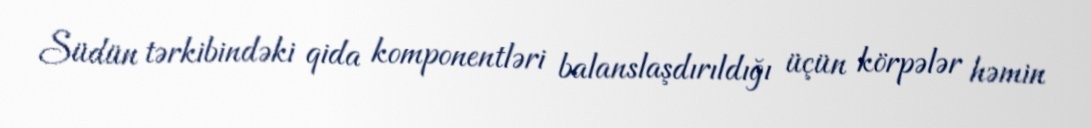
Südün tərkibindəki qida komponentləri balanslaşdırıldığı üçün körpələr həmin